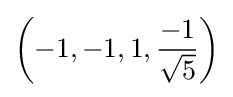
\left(-1,-1,1,{\frac {-1}{\sqrt {5}}}\right)